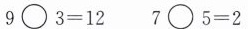
$$9 \circ 3 = 1 2$$ $$7 \circ 5 = 2$$